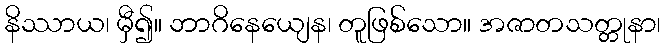
နိဿာယ၊ မှီ၍။ ဘာဂိနေယျေန၊ တူဖြစ်သော။ အဇာတသတ္တုနာ၊